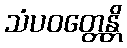
သံပဝတ္တေန္တိ